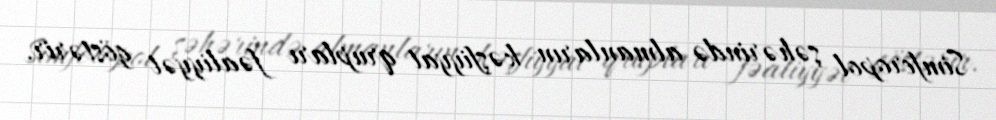
Simferopol şəhərində almanların kəşfiyyat qrupları fəaliyyət göstərir.